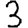
Digit: 3